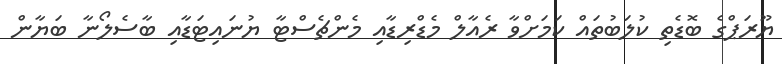
ޔޫރަޕްގެ ބޮޑެތި ކުލަބުތައް ކަމަށްވާ ރެއާލް މެޑްރިޑާއި މެންޗެސްޓާ ޔުނައިޓަޑާއި ބާސެލޯނާ ބަޔާން